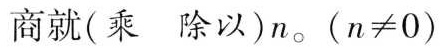
商就(乘 除以) n。(n≠0)